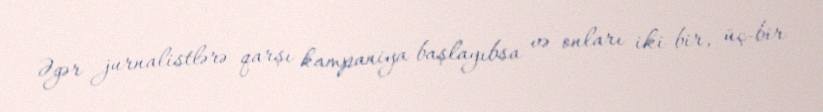
Əgər jurnalistlərə qarşı kampaniya başlayıbsa və onları iki-bir, üç-bir